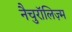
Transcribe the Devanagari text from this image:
नैचुरॉलिज़्म